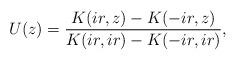
LaTeX: \begin{align*}U(z)= \dfrac{ K(ir,z)- K(-ir,z)}{K(ir,ir)- K(-ir,ir)},\end{align*}